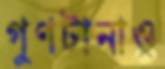
গুণটানাও